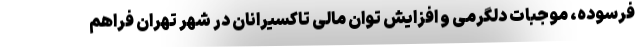
فرسوده، موجبات دلگرمی و افزایش توان مالی تاکسیرانان در شهر تهران فراهم